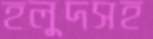
হলুদসহ